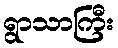
ရွာသာကြီး